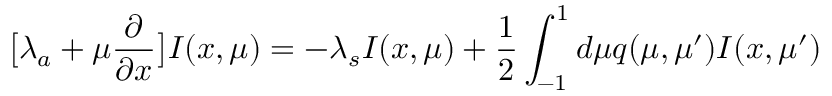
\big [ \lambda _ { a } + \mu \frac { \partial } { \partial x } \big ] I ( x , \mu ) = - \lambda _ { s } I ( x , \mu ) + \frac { 1 } { 2 } \int _ { - 1 } ^ { 1 } d \mu q ( \mu , \mu ^ { \prime } ) I ( x , \mu ^ { \prime } )